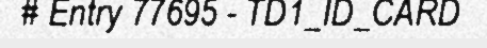
# Entry 77695 - TD1_ID_CARD